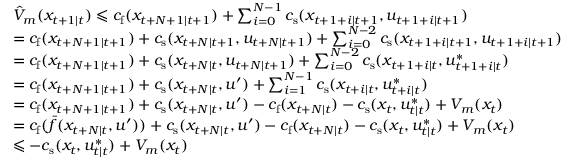
\begin{array} { r l } & { \hat { V } _ { m } ( x _ { t + 1 \mid t } ) \leqslant c _ { \mathrm { f } } ( x _ { t + N + 1 \mid t + 1 } ) + \sum _ { i = 0 } ^ { N - 1 } c _ { \mathrm { s } } ( x _ { t + 1 + i \mid t + 1 } , u _ { t + 1 + i \mid t + 1 } ) } \\ & { = c _ { \mathrm { f } } ( x _ { t + N + 1 \mid t + 1 } ) + c _ { \mathrm { s } } ( x _ { t + N \mid t + 1 } , u _ { t + N \mid t + 1 } ) + \sum _ { i = 0 } ^ { N - 2 } c _ { \mathrm { s } } ( x _ { t + 1 + i \mid t + 1 } , u _ { t + 1 + i \mid t + 1 } ) } \\ & { = c _ { \mathrm { f } } ( x _ { t + N + 1 \mid t + 1 } ) + c _ { \mathrm { s } } ( x _ { t + N \mid t } , u _ { t + N \mid t + 1 } ) + \sum _ { i = 0 } ^ { N - 2 } c _ { \mathrm { s } } ( x _ { t + 1 + i \mid t } , u _ { t + 1 + i \mid t } ^ { \ast } ) } \\ & { = c _ { \mathrm { f } } ( x _ { t + N + 1 \mid t + 1 } ) + c _ { \mathrm { s } } ( x _ { t + N \mid t } , u ^ { \prime } ) + \sum _ { i = 1 } ^ { N - 1 } c _ { \mathrm { s } } ( x _ { t + i \mid t } , u _ { t + i \mid t } ^ { \ast } ) } \\ & { = c _ { \mathrm { f } } ( x _ { t + N + 1 \mid t + 1 } ) + c _ { \mathrm { s } } ( x _ { t + N \mid t } , u ^ { \prime } ) - c _ { \mathrm { f } } ( x _ { t + N \mid t } ) - c _ { \mathrm { s } } ( x _ { t } , u _ { t \mid t } ^ { \ast } ) + V _ { m } ( x _ { t } ) } \\ & { = c _ { \mathrm { f } } ( \bar { f } ( x _ { t + N \mid t } , u ^ { \prime } ) ) + c _ { \mathrm { s } } ( x _ { t + N \mid t } , u ^ { \prime } ) - c _ { \mathrm { f } } ( x _ { t + N \mid t } ) - c _ { \mathrm { s } } ( x _ { t } , u _ { t \mid t } ^ { \ast } ) + V _ { m } ( x _ { t } ) } \\ & { \leqslant - c _ { \mathrm { s } } ( x _ { t } , u _ { t \mid t } ^ { \ast } ) + V _ { m } ( x _ { t } ) } \end{array}